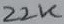
Text: 22K